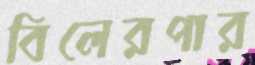
বিলেরপার